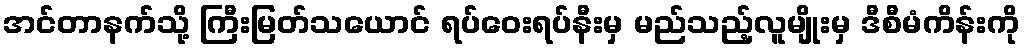
အင်တာနက်သို့ ကြီးမြတ်သယောင် ရပ်ဝေးရပ်နီးမှ မည်သည့်လူမျိုးမှ ဒီစီမံကိန်းကို